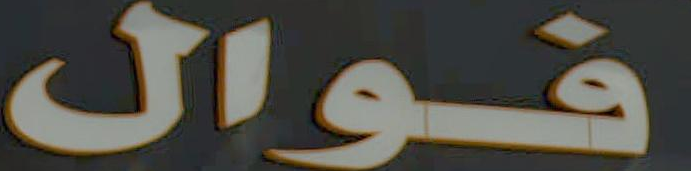
فوال